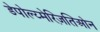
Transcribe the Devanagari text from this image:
डेपोल्य्मेरिज़तिओन